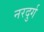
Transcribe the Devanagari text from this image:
नरदुर्ग